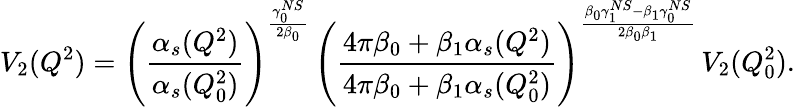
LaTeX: V_{2}(Q^{2})=\left(\frac{\alpha_{s}(Q^{2})}{\alpha_{s}(Q_{0}^{2})}\right)^{\frac{\gamma_{0}^{NS}}{2\beta_{0}}}\, \left(\frac{4\pi\beta_{0}+\beta_{1}\alpha_{s}(Q^{2})}{4\pi\beta_{0}+\beta_{1}\alpha_{s}(Q_{0}^{2})}\right)^{\frac{\beta_{0}\gamma_{1}^{NS}-\beta_{1}\gamma_{0}^{NS}}{2\beta_{0}\beta_{1}}}\, V_{2}(Q_{0}^{2}).